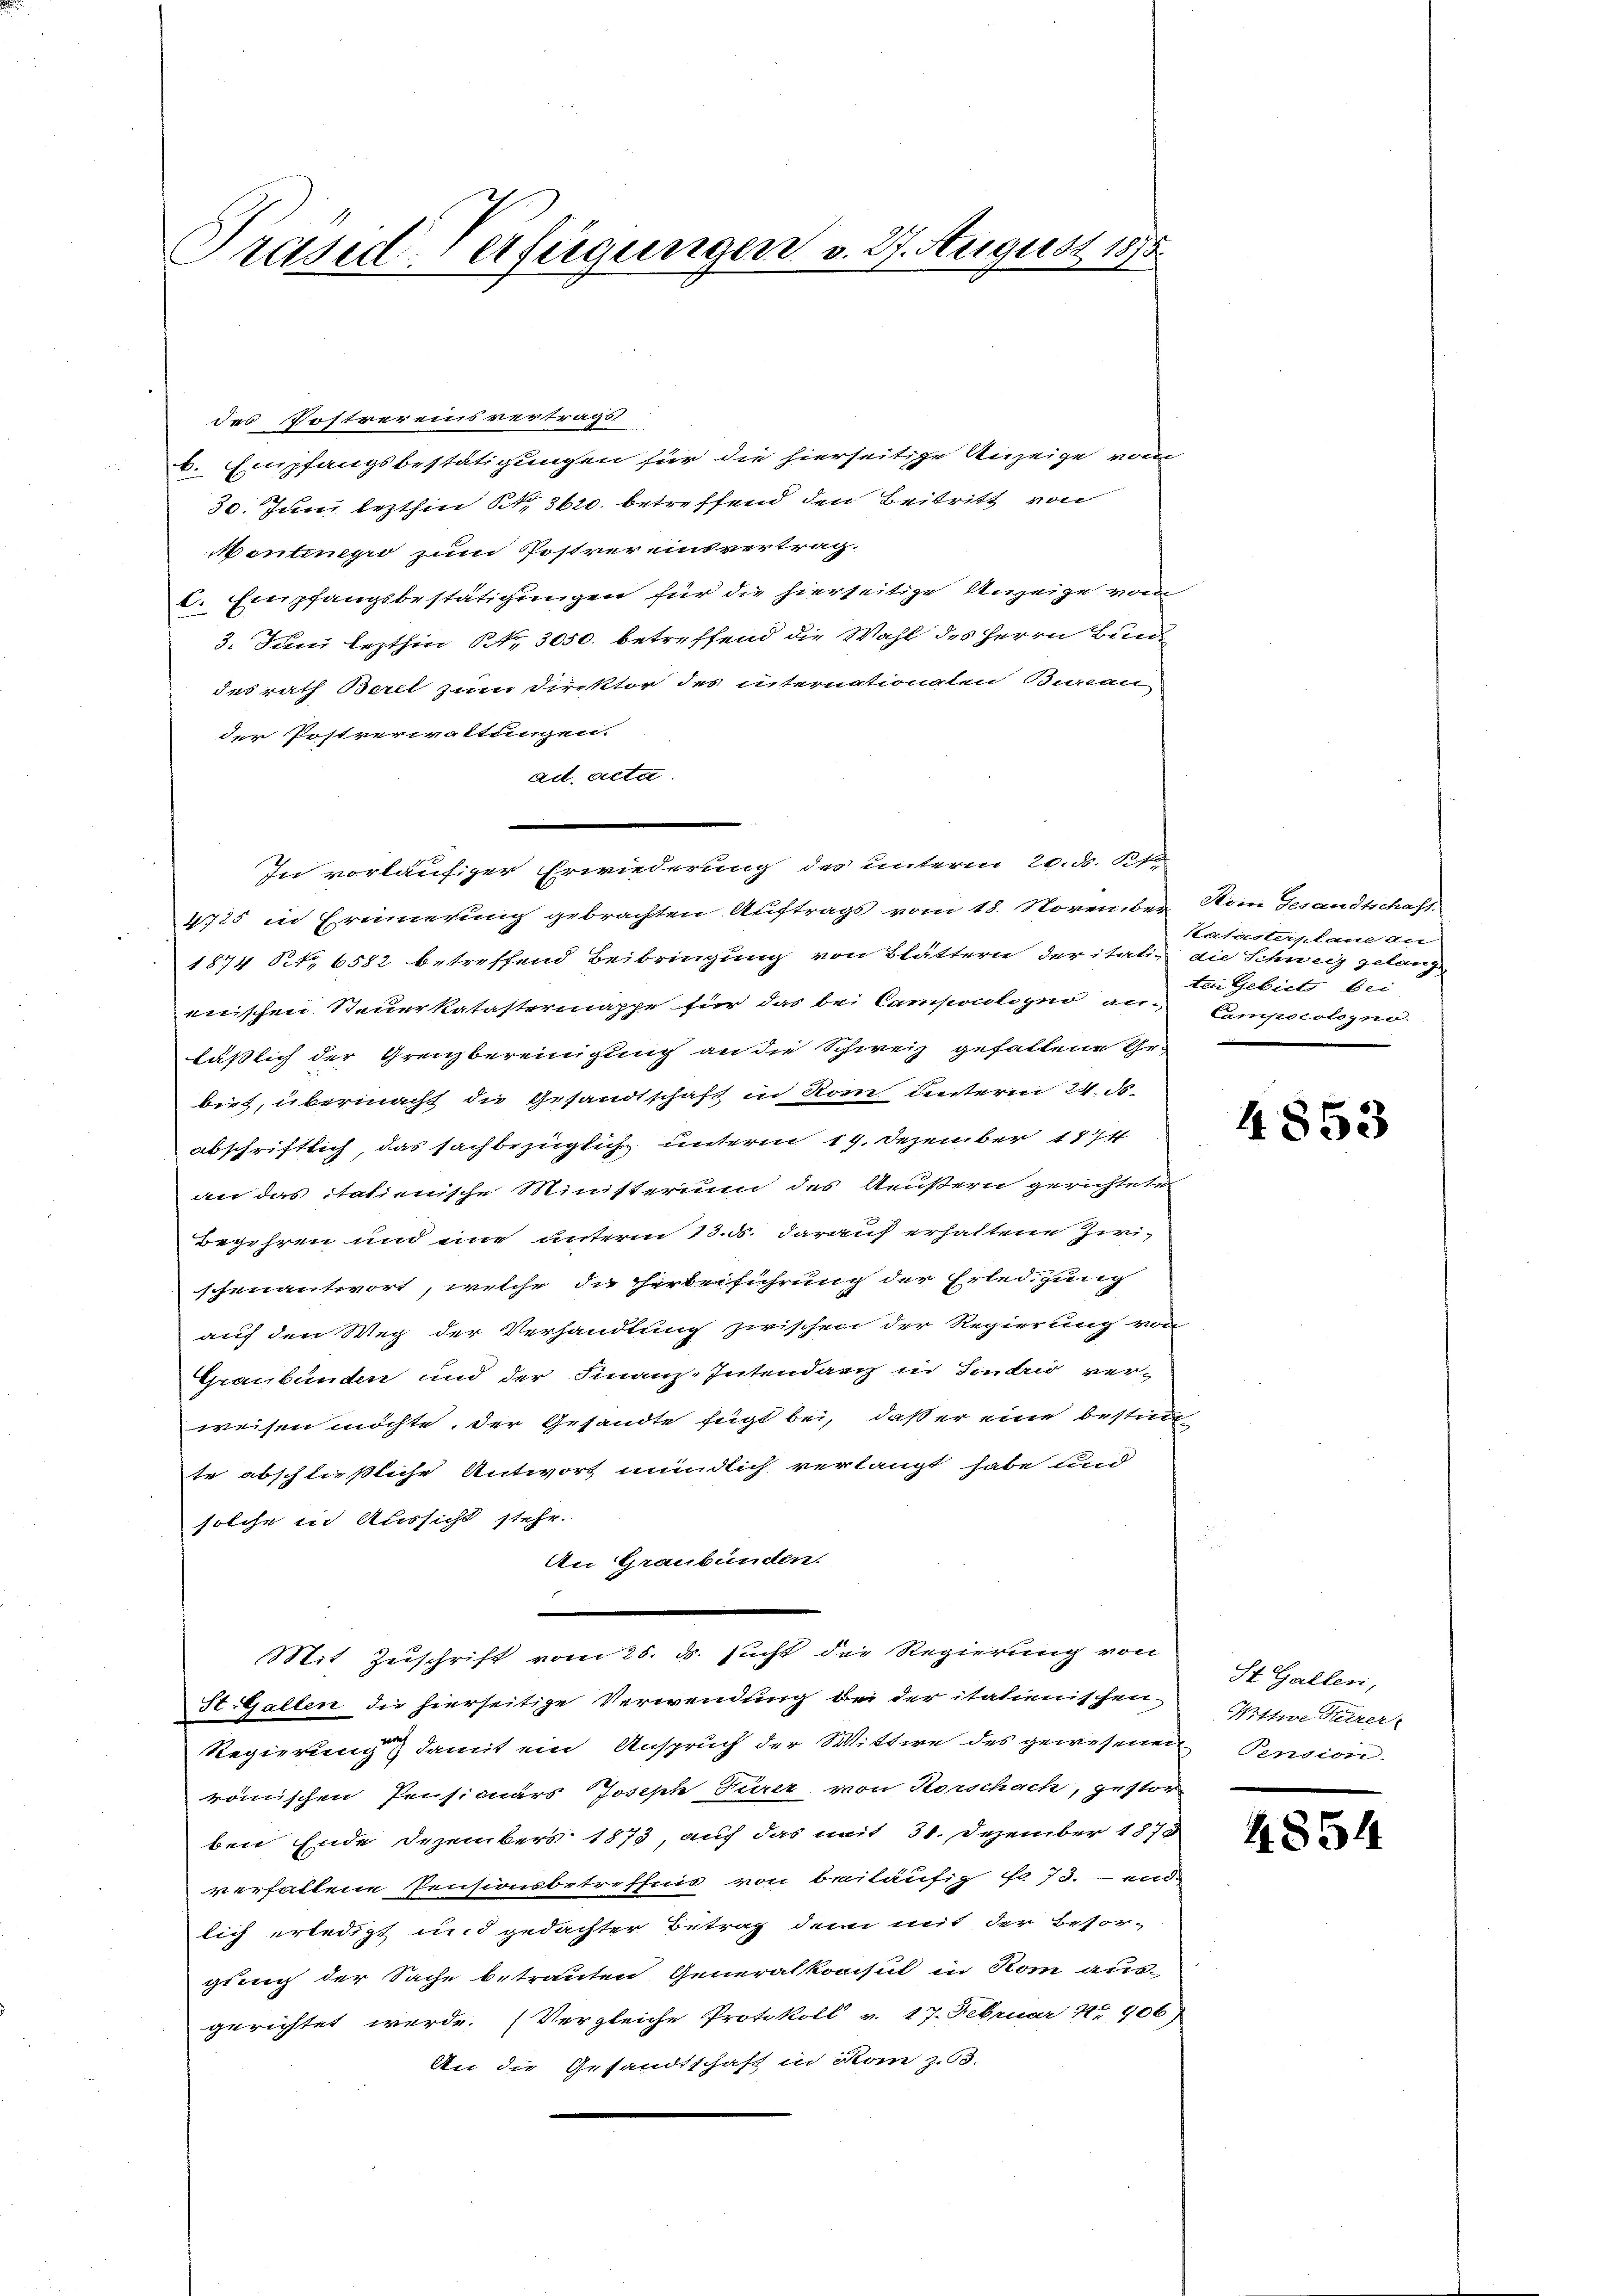
Präsiderfügungen v. 27. August 1875

des Postrereinsvertrags.
b. Empfangsbestätigungen für die hierseitige Anzeige vom
30. Juni lezthin 13620. betreffend den Beitritt von
Mentinge zum Postrer einsvertrag.
C. Empfangsbestätigungen für die hierseitige Anzeige vom
3. Juni lezthin St. 3050. betreffend die Wahl des Herrn Bund
des rath Berel zum Direktor des internationalen Bureau
der Postverwaltungen.
ad. Acta.
4725 in Erinnerung gebrachten Auftrags vom 18. November Hom Gesandtschaft
1874 Art. 6582 betreffend Beibringung von Blättern der italienischen Steuerkatastermappe für das bei Camponologno an-
läßlich der Grenzbereinigung an die Schweiz gefallene Ge-
bies, übermacht die Gesandtschaft in Rom unterm 24. d.
abschriftlich, das sachbezüglich unterm 19. Dezember 1874
an das italienische Ministerium des Aeußern gerichtete
Begehren und eine unterm 13. d. darauf erhaltene Zwischenantwort, welche die Herbeiführung der Erledigung
auf den Weg der Verhandlung zwischen der Regierung von
Graubünden und der Finanz-Intendanz in Fondri verweisen möchte, der Gesandte fügt bei, daß er eine bestim-
te abschließliche Antwort mündlich verlangt habe und
solche in Aussicht stehe.
An Graubünden.
.
Mit Zuschrift vom 25. ds. sucht der Regierung von
St. Gallen die hierseitige Verwendung bei der italienischen
Regierung damit ein Anspruch der Wittwe des gewesenen
römischen Pensicuärs Joseph Furer, von Horschach, gestor-
ben Ende Dezembers 1873, auf das mit 31. Dezember 1878
verfallene Pensionsbetreffnis von beiläufig No 73. – und
lich erledigt und gedachter Betrag dem mit der Besor-
gung der Sache betrauten Generalkonsul in Rom aus-
gerichtet werde. (Vergleiche Protokoll v. 17. Februar 1906)
An die Gesandtschaft in Rom z. 53.

In vorläufiger Erwiederung des unterm 20. ds. Sp

Satasterplane an
die Schweiz gelange
ten Gebiete bei
Camporologno.

4853

St. Gallen,
Wittwe Furrer
 Pension.

4854